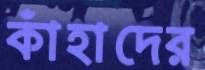
কাঁহাদের